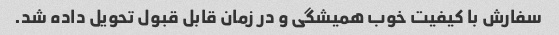
سفارش با کیفیت خوب همیشگی و در زمان قابل قبول تحویل داده شد.